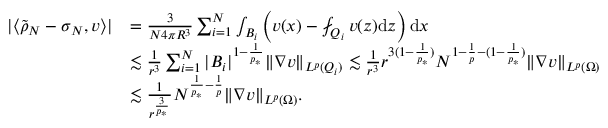
\begin{array} { r l } { | \langle \tilde { \rho } _ { N } - \sigma _ { N } , v \rangle | } & { = \frac { 3 } { N 4 \pi R ^ { 3 } } \sum _ { i = 1 } ^ { N } \int _ { B _ { i } } \left( v ( x ) - \fint _ { Q _ { i } } v ( z ) { \mathrm { d } } z \right) \mathrm { d } x } \\ & { \lesssim \frac { 1 } { r ^ { 3 } } \sum _ { i = 1 } ^ { N } | B _ { i } | ^ { 1 - \frac 1 { p _ { * } } } \| \nabla v \| _ { L ^ { p } ( Q _ { i } ) } \lesssim \frac { 1 } { r ^ { 3 } } r ^ { 3 ( 1 - \frac 1 { p _ { * } } ) } N ^ { 1 - \frac 1 p - ( 1 - \frac 1 { p _ { * } } ) } \| \nabla v \| _ { L ^ { p } ( \Omega ) } } \\ & { \lesssim \frac { 1 } { r ^ { \frac { 3 } { p _ { * } } } } N ^ { \frac 1 { p _ { * } } - \frac 1 p } \| \nabla v \| _ { L ^ { p } ( \Omega ) } . } \end{array}